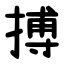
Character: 搏